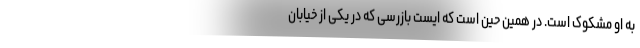
به او مشکوک است. در همین حین است که ایست بازرسی که در یکی از خیابان